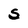
Character: S